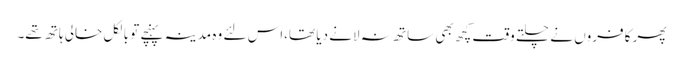
پھر کافروں نے چلتے وقت کچھ بھی ساتھ نہ لانے دیا تھا،اس لئے وہ مدینہ پہنچے تو بالکل خالی ہاتھ تھے۔